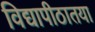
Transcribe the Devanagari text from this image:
विद्यापीठातया